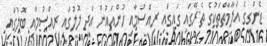
ޑެންގީގެ އަލާމާތްތަކުގެ ތެރޭގައި ގައިގައި ރިއްސުމާއި ހުންއައުން އަދި ލޮލުގައި ރިއްސުމާއި ބޮލުގައި